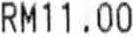
RM11.00